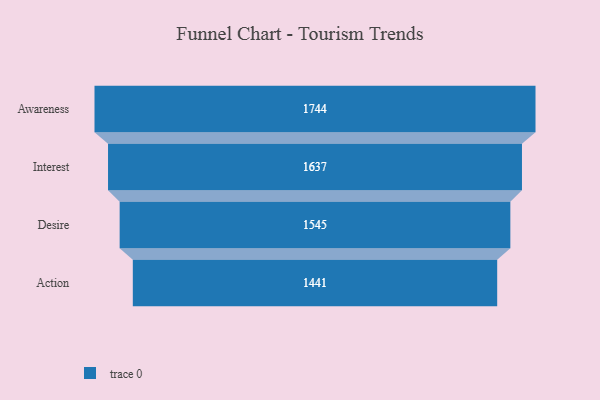
{"axis": {"x": "Stage", "y": "Value"}, "legend": [""], "data": [{"x": "Awareness", "y": 1744.0, "type": ""}, {"x": "Interest", "y": 1637.0, "type": ""}, {"x": "Desire", "y": 1545.0, "type": ""}, {"x": "Action", "y": 1441.0, "type": ""}]}